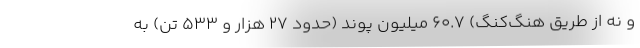
و نه از طریق هنگ‌کنگ) 60.7 میلیون پوند (حدود 27 هزار و 533 تن) به